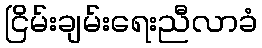
ငြိမ်းချမ်းရေးညီလာခံ